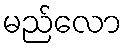
မည်လော